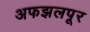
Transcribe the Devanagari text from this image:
अफझलपूर